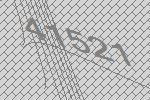
41521